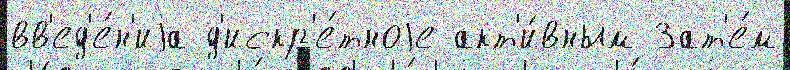
вв'ед'е́н'иjа д'искр'е́тноjе акт'и́вным Зат'е́м